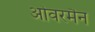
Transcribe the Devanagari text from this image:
ओवरमैन